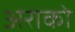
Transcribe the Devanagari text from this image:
अराको